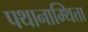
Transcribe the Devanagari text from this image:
पथानाम्थित्ता